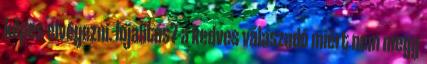
képes elvégezni. lojalitás? a kedves válaszadó miért nem megy